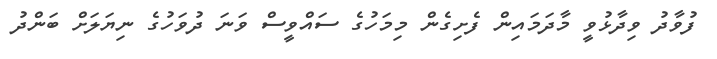
ފުވާދު ވިދާޅުވީ މާދަމައިން ފެށިގެން މިމަހުގެ ސައްވީސް ވަނަ ދުވަހުގެ ނިޔަލަށް ބަންދު